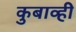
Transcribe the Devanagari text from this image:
कुबाव्ही